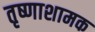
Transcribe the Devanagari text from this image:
तृष्णाशामक